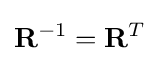
\mathbf {R} ^{-1}=\mathbf {R} ^{T}